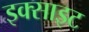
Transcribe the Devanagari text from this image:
इक्साइट